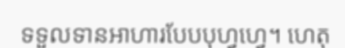
ទទួលទានអាហារបែបបុហ្វហ្វេ។ ហេតុ